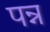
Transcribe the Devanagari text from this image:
पन्न